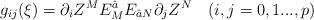
LaTeX: \begin{align*}g_{ij}(\xi)=\partial_iZ^ME_M^{\hat a}E_{\hat aN}\partial_jZ^N\quad (i,j=0,1...,p)\end{align*}